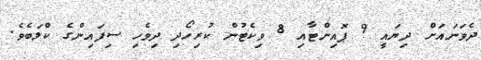
ދެވަނައަށް ދިޔައީ 9 ޕޮއިންޓާއި 8 ވިކެޓުން ކުރިހޯދި ދިވެހި ސިފައިންގެ ކްލަބެވެ.